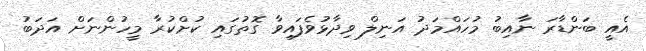
އެއީ ބަންޑާރަ ނާއިބު މުހައްމަދު އަނިލް ވިދާޅުވެފައިވާ ގޮތުގައި ކުށްކުރާ މީހުންނަށް އަދަބު